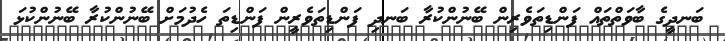
ބަނދީގެ ބާވަތްތައް ފަންޑިތަވެރިން ބޭނުންކުރާ ބަނދި ފަންޑިތަވެރީން ފަންޑިތަ ހެދުމަށް ބޭނުންކުރާ ބޭނުންކުޅަ